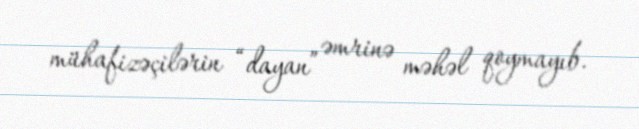
mühafizəçilərin “dayan” əmrinə məhəl qoymayıb.